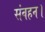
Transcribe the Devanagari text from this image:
संवहन।